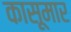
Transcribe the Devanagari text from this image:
कासूमार